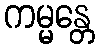
ကမ္မန္တေ